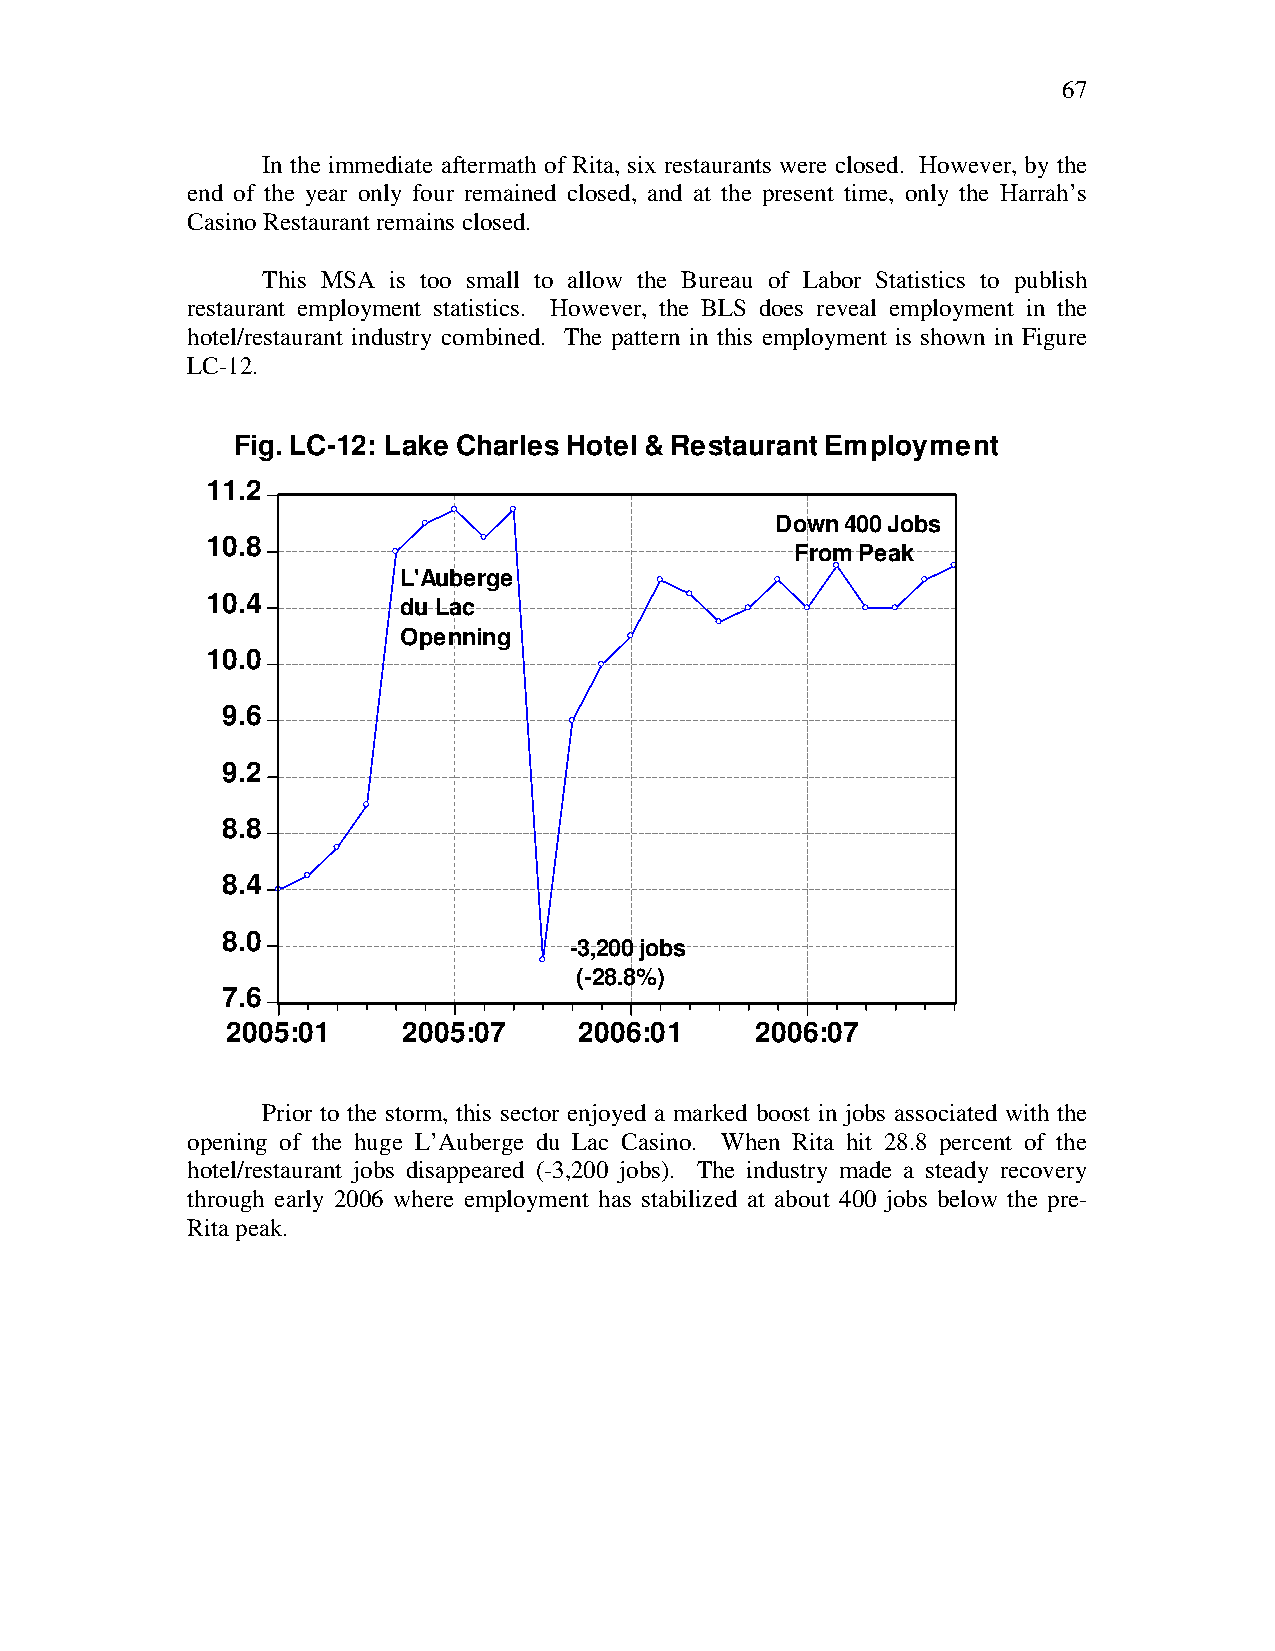
67
 In the immediate aftermath of Rita, six restaurants were closed. However, by the
 end of the year only four remained closed, and at the present time, only the Harrah’s
 Casino Restaurant remains closed.
 This MSA is too small to allow the Bureau of Labor Statistics to publish
 restaurant employment statistics. However, the BLS does reveal employment in the
 hotel/restaurant industry combined. The pattern in this employment is shown in Figure
 LC-12.
 Fig. LC-12: Lake Charles Hotel & Restaurant Employment
 11.2
 Down 400 Jobs
 10.8
 From Peak
 L'Auberge
 10.4        du Lac
 Openning
 10.0
 9.6
 9.2
 8.8
 8.4
 8.0
 -3,200 jobs
 (-28.8%)
 7.6
 2005:01     2005:07    2006:01     2006:07
 Prior to the storm, this sector enjoyed a marked boost in jobs associated with the
 opening of the huge L’Auberge du Lac Casino. When Rita hit 28.8 percent of the
 hotel/restaurant jobs disappeared (-3,200 jobs). The industry made a steady recovery
 through early 2006 where employment has stabilized at about 400 jobs below the pre-
 Rita peak.